Document type: Inventory
Year: 1295
Scribe: Pere Marc
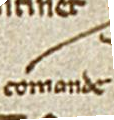
comande